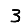
Digit: 3